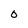
Character: O